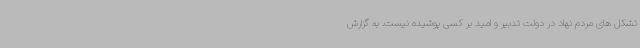
تشکل های مردم نهاد در دولت تدبیر و امید بر کسی پوشیده نیست. به گزارش